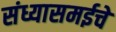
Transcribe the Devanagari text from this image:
संध्यासमईचे